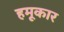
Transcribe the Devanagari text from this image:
हमूकार